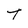
Character: t